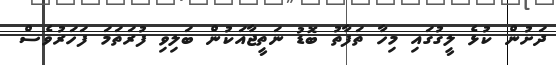
ދަށުން ކުޅެ ލީގުގައި މިހާ ތަފާތު ބޮޑު ނަތީޖާއަކުން ބަލިވި ފުރަތަމަ ފަހަރުވެސް